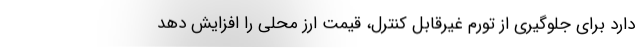
دارد برای جلوگیری از تورم غیرقابل کنترل، قیمت ارز محلی را افزایش دهد